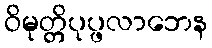
ဝိမုတ္တိပုပ္ဖလာဘေန